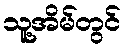
သူ့အိမ်တွင်